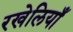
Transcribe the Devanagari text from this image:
रखेलियाँ